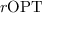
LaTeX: r \mathrm { O P T }